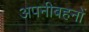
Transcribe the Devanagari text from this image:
अपनीबहनों